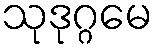
သုဒုဂ္ဂမေ